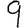
Digit: 9